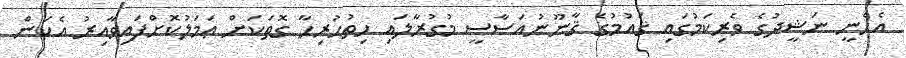
އެހެނީ ނަޝީދުގެ ވެރިކަމުގައި ޤައުމުގެ ޤާނޫނުއަސާސީ މުގުރާލައި ހިތުހުރިހާ ގޮތަކަށް ޢަމަލުކޮށްފައިވާއިރު އެކަން